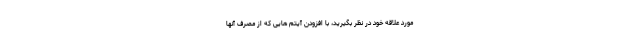
مورد علاقه خود در نظر بگیرید، با افزودن آیتم هایی که از مصرف آنها